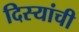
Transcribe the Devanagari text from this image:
दिस्यांची